Leaving Certificate Examination, 1920
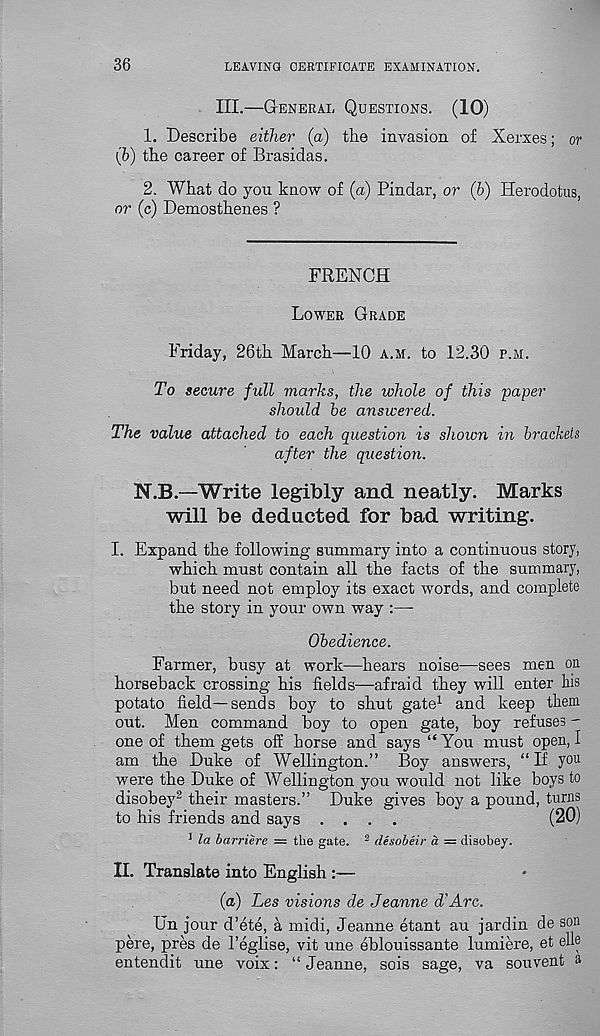
36
LEAVING CERTIFICATE EXAMINATION.
III.—General Questions. (10)
1. Describe either (a) the invasion of Xerxes; or
(h) the career of Brasidas.
2. What do you know of (a) Pindar, or (b) Herodotus,
or (c) Demosthenes ?
FRENCH
Lower Grade
Friday, 26th March—10 a.m. to 12.30 p.m.
To secure full marks, the whole of this paper
should be answered.
The value attached to each question is shown in brackets
after the question.
N.B.—Write legibly and neatly. Marks
will be deducted for bad writing.
I. Expand the following summary into a continuous story,
which must contain all the facts of the summary,
but need not employ its exact words, and complete
the story in your own way :—-
Obedience.
Farmer, busy at work—hears noise-—sees men on
horseback crossing his fields—afraid they will enter his
potato field—sends boy to shut gate 1 and keep them
out. Men command boy to open gate, boy refuses -
one of them gets off horse and says “You must open, I
am the Duke of Wellington.” Boy answers, “If you
were the Duke of Wellington you would not like boys to
disobey 2 their masters.” Duke gives boy a pound, turns
to his friends and says ....
(20)
1 la barriere = the gate. 2 desobeir a = disobey.
II. Translate into English :—
(a) Les visions de Jeanne d'Arc.
Un jour d’ete, a midi, Jeanne etant au jardin de son
pere, pres de I’eglise, vit une eblouissante lumiere, et elk
entendit une voix: “ Jeanne, sois sage, va souvent a